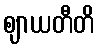
ဈာယတီတိ